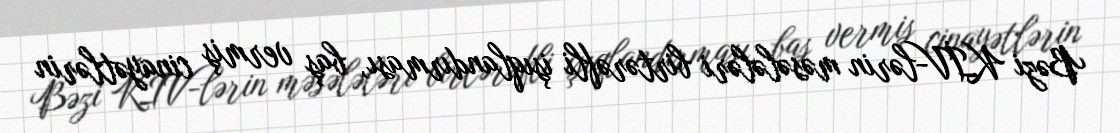
Bəzi KİV-lərin məsələləri birtərəfli işıqlandırması, baş vermiş cinayətlərin